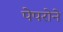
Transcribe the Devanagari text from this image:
पेपरोने